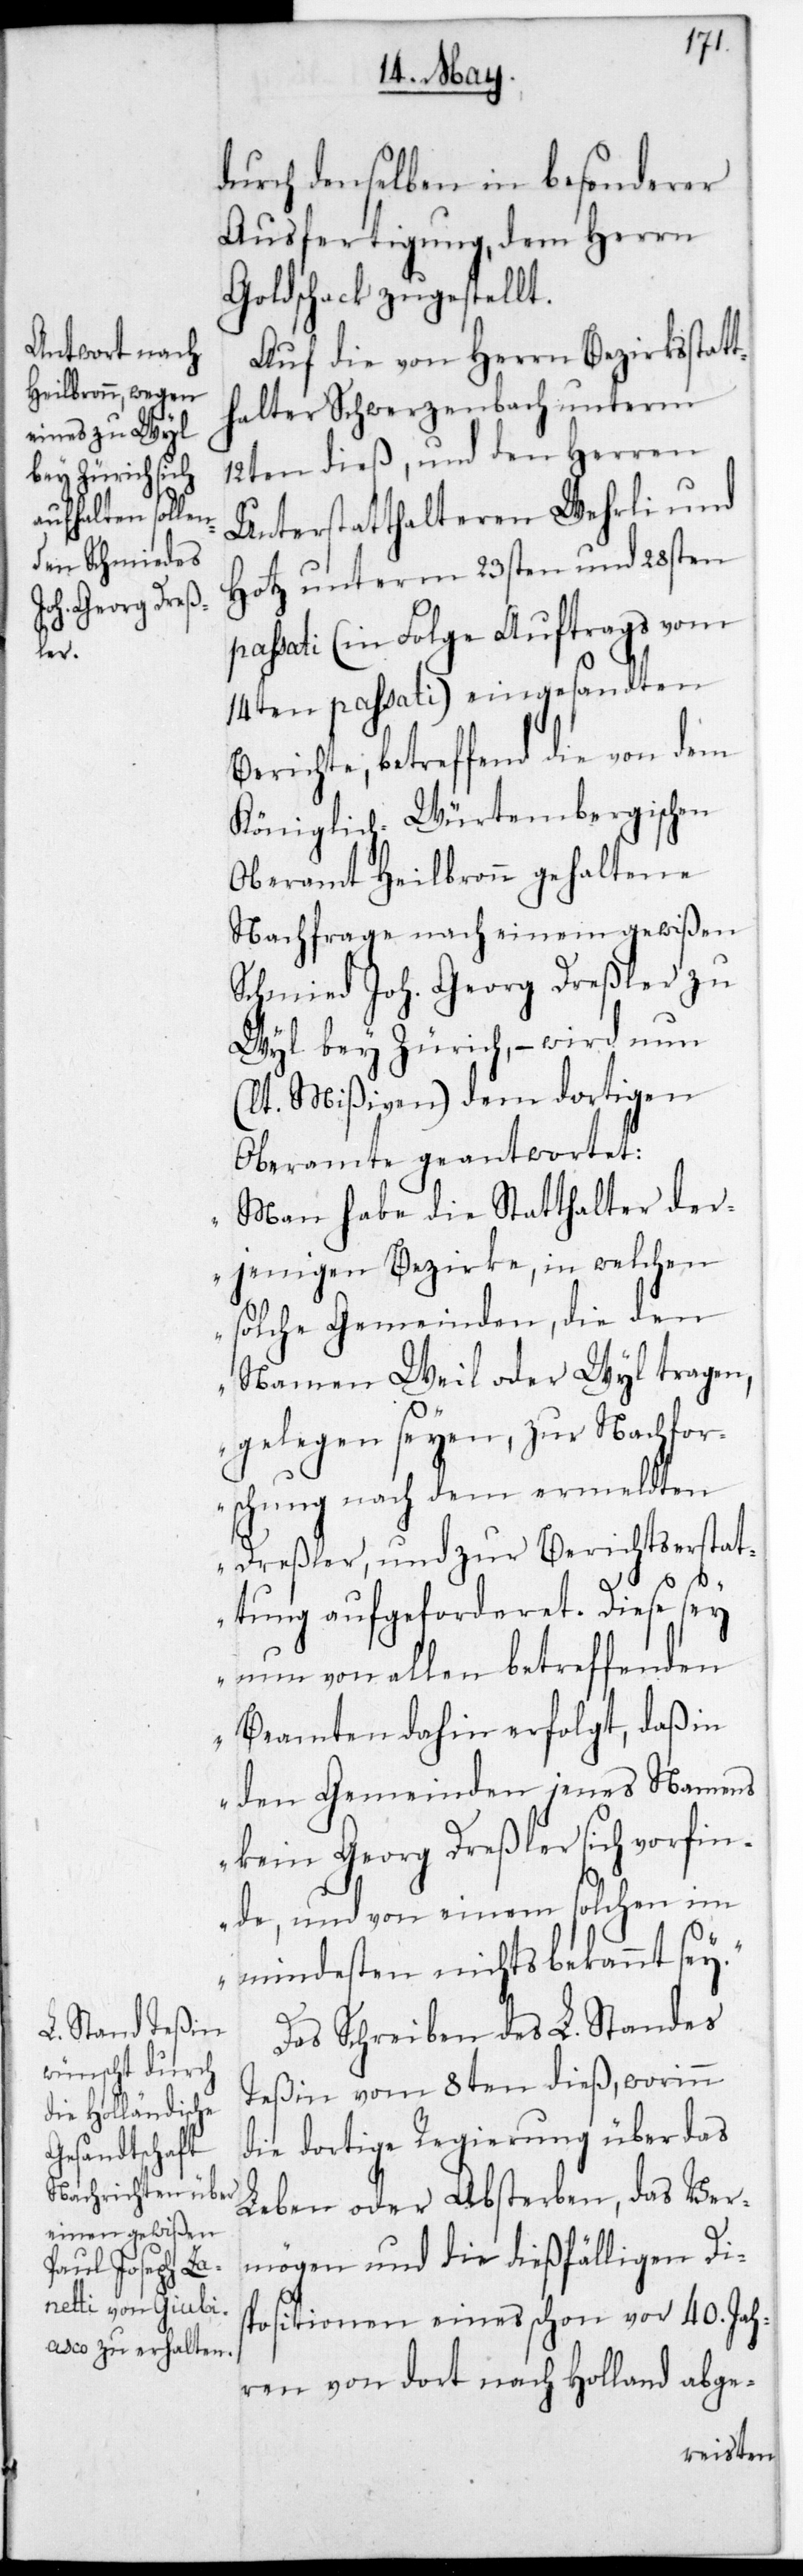
durch denselben in besonderer
Ausfertigung, dem Herrn
Goldschack zugestellt.
Auf die von Herrn Bezirksstatt¬
halter Schwerzenbach unterm
12ten dieß, und den Herren
Unterstatthalteren Wehrli und
Hotz unterm 23sten und 28sten
passati (in Folge Auftrags vom
14ten passati) eingesandten
Berichte, betreffend die von dem
Königlich-Würtembergischen
Oberamt Heilbronn gehaltene
Nachfrage nach einem gewißen
Schmied Joh. Georg Dreßler zu
Wyl bey Zürich, – wird nun
(lt. Mißiven) dem dortigen
Oberamte geantwortet:
„Man habe die Stadthalter der¬
jenigen Bezirke, in welchen
solche Gemeinden, die den
Namen Weil oder Wyl tragen,
gelegen seyen, zur Nachfor¬
schung nach dem ermeldten
Dreßler, und zur Berichtserstat¬
tung aufgeforderet. Diese sey
nun von allen betreffenden
Beamten dahin erfolgt, daß in
den Gemeinden jenes Namens
kein Georg Dreßler sich vorfin¬
de, und von einem solchen im
Mindesten nichts bekannt sey.“
Das Schreiben des L. Standes
Teßin vom 8ten dieß, worinn
die dortige Regierung über das
Leben oder Absterben, das Ver¬
mögen und die dießfälligen Dis¬
positionen eines schon vor 40. Jah¬
ren von dort nach Holland abge-